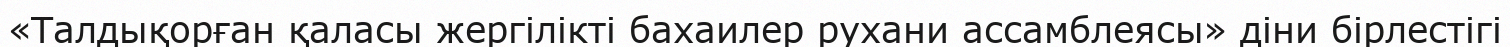
«Талдықорған қаласы жергілікті бахаилер рухани ассамблеясы» діни бірлестігі